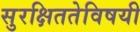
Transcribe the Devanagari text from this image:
सुरक्षिततेविषयी